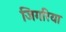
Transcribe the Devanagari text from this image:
जिगरिया